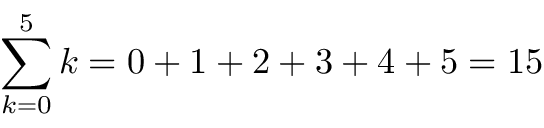
\sum _ { k = 0 } ^ { 5 } k = 0 + 1 + 2 + 3 + 4 + 5 = 1 5